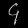
Digit: ၄